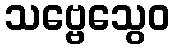
သဗ္ဗေသွေဝ